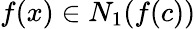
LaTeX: f(x)\in N_{1}(f(c))